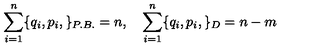
\sum _ { i = 1 } ^ { n } \{ q _ { i } , p _ { i } , \} _ { P . B . } = n , \quad \sum _ { i = 1 } ^ { n } \{ q _ { i } , p _ { i } , \} _ { D } = { n - m }